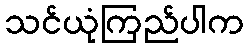
သင်ယုံကြည်ပါက